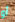
أو